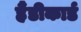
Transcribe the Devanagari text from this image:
हैंडीकार्ड